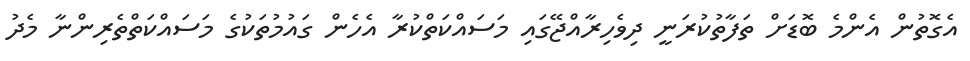
އެގޮތުން އެންމެ ބޮޑަށް ތަފާތުކުރަނީ ދިވެހިރާއްޖޭގައި މަސައްކަތްކުރާ އެހެން ގައުމުތަކުގެ މަސައްކަތްތެރިންނާ މެދު